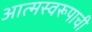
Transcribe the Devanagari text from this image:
आत्मस्वरूपाची